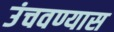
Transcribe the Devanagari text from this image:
उंचवण्यास